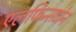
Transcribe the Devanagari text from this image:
एलफिन्सटोन